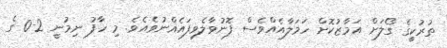
ތުރުކީގެ ގޯލަށް އަމާޒުކޮށް ހަމަލާއެއްވެސް ފޮނުވާލެވިފައެއްނުވެއެވެ. މި ހާފު ނިމުނީ 2-0 ގެ